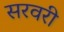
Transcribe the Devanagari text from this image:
सरवरी